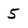
Character: 5